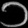
Digit: ၁